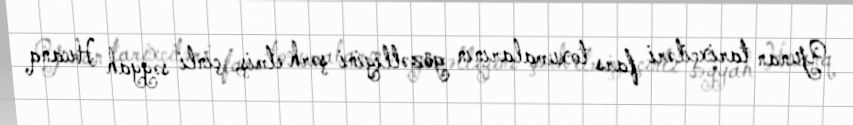
Yunan tarixçiləri fars toxumalarının gözəlliyini şərh etmiş, çinli səyyah Huanq